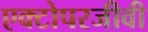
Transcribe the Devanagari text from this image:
एक्टोपरजीवी